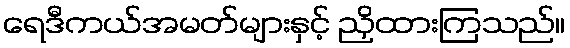
ရေဒီကယ်အမတ်များနှင့် ညှိထားကြသည်။